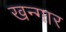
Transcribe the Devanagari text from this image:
खन्गार